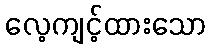
လေ့ကျင့်ထားသော